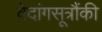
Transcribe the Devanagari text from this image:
वेदांगसूत्रौंकी